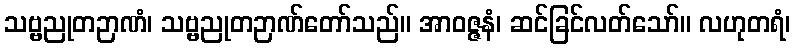
သဗ္ဗညုတဉာဏံ၊ သဗ္ဗညုတဉာဏ်တော်သည်။ အာဝဇ္ဇနံ၊ ဆင်ခြင်လတ်သော်။ လဟုတရံ၊